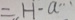
= H \cdot a \cdots